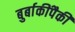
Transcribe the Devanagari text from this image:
बुर्बाकींपैकी